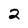
Character: 2